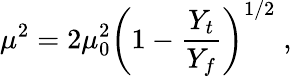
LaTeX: \mu^{2}=2\mu_{0}^{2}\left(1-\frac{Y_{t}}{Y_{f}}\right)^{1/2}\; ,